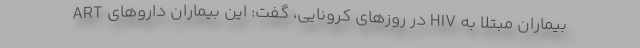
بیماران مبتلا به HIV در روزهای کرونایی، گفت: این بیماران داروهای ART